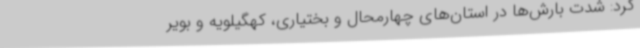
کرد: شدت بارش‌ها در استان‌های چهارمحال و بختیاری، کهگیلویه و بویر